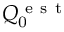
Q _ { \mathrm { 0 } } ^ { \mathrm { ~ e ~ s ~ t ~ } }